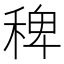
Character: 稗